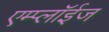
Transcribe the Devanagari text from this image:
एम्प्लॉईज